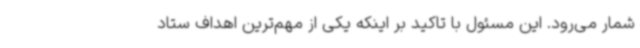
شمار می‌رود. این مسئول با تاکید بر اینکه یکی از مهم‌ترین اهداف ستاد